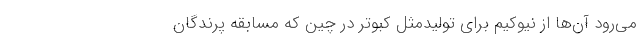
می‌رود آن‌ها از نیوکیم برای تولیدمثل کبوتر در چین که مسابقه پرندگان